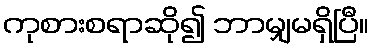
ကုစားစရာဆို၍ ဘာမျှမရှိပြီ။